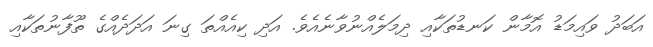
އަބަދު ވައިމަޑު އޮމާން ކަނޑުތަކާއި ދިމަލެއްނުވާނެއެވެ. އަދި ކިއެއްތަ ގިނަ އަދަދެއްގެ ތޫފާނުތަކާއި